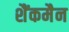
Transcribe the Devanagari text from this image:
शैंकमैन